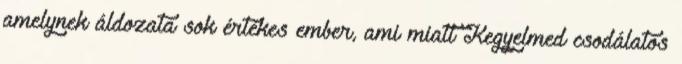
amelynek áldozata sok értékes ember, ami miatt Kegyelmed csodálatos